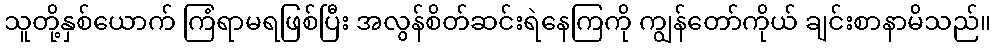
သူတို့နှစ်ယောက် ကြံရာမရဖြစ်ပြီး အလွန်စိတ်ဆင်းရဲနေကြကို ကျွန်တော်ကိုယ် ချင်းစာနာမိသည်။